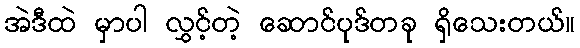
အဲဒီထဲ မှာပါ လွှင့်တဲ့ ဆောင်ပုဒ်တခု ရှိသေးတယ်။